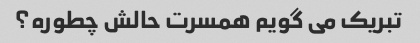
تبریک می گویم همسرت حالش چطوره؟